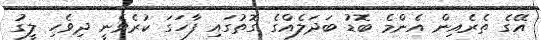
އޭގެ ތެރެއިން އެންމެ ބޮޑު ބަދަލެއްގެ ގޮތުގައި ފާހަގަ ކުރެވެނީ ދިވެހި ލީގު